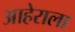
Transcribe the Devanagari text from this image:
आहेराला